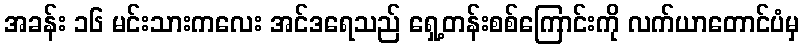
အခန်း ၁၆ မင်းသားကလေး အင်ဒရေသည် ရှေ့တန်းစစ်ကြောင်းကို လက်ယာတောင်ပံမှ